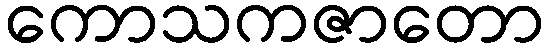
ကောသကဇာတော